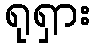
ရုရှား